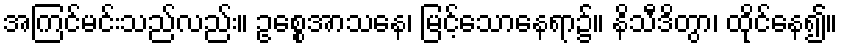
အကြင်မင်းသည်လည်း။ ဥစ္စေအာသနေ၊ မြင့်သောနေရာ၌။ နိသီဒိတွာ၊ ထိုင်နေ၍။